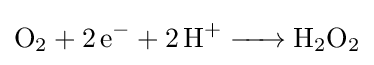
{\ce {O2 + 2e- + 2H+ -> H2O2}}